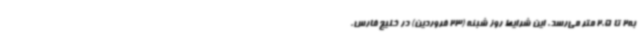
به2 تا 2.5 متر می‌رسد. این شرایط روز شبنه (23 فروردین) در خلیج فارس،